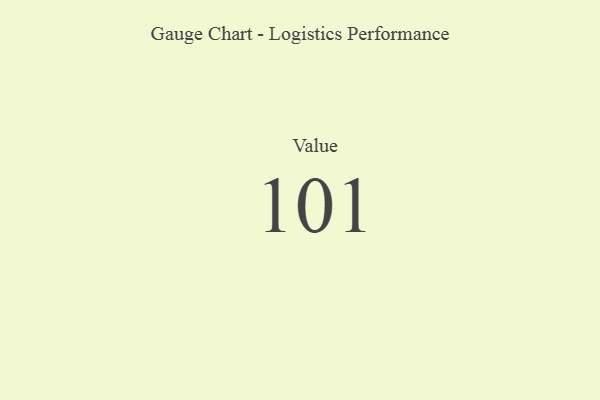
{"axis": {"x": "Metric", "y": "Value"}, "legend": [""], "data": [{"x": "Value", "y": 101, "type": ""}]}